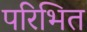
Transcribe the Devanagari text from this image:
परिभित